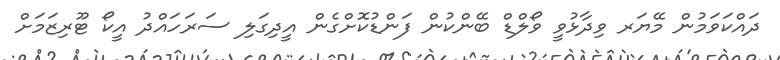
ދައްކަވަމުން މޭޔަރ ވިދާޅުވީ ވޯލްޑް ބޭންކުން ފަންޑުކޮށްގެން އީދިގަލި ސަރަހައްދު އީކޯ ޓޫރިޒަމަށް